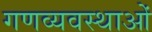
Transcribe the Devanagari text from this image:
गणव्यवस्थाओं